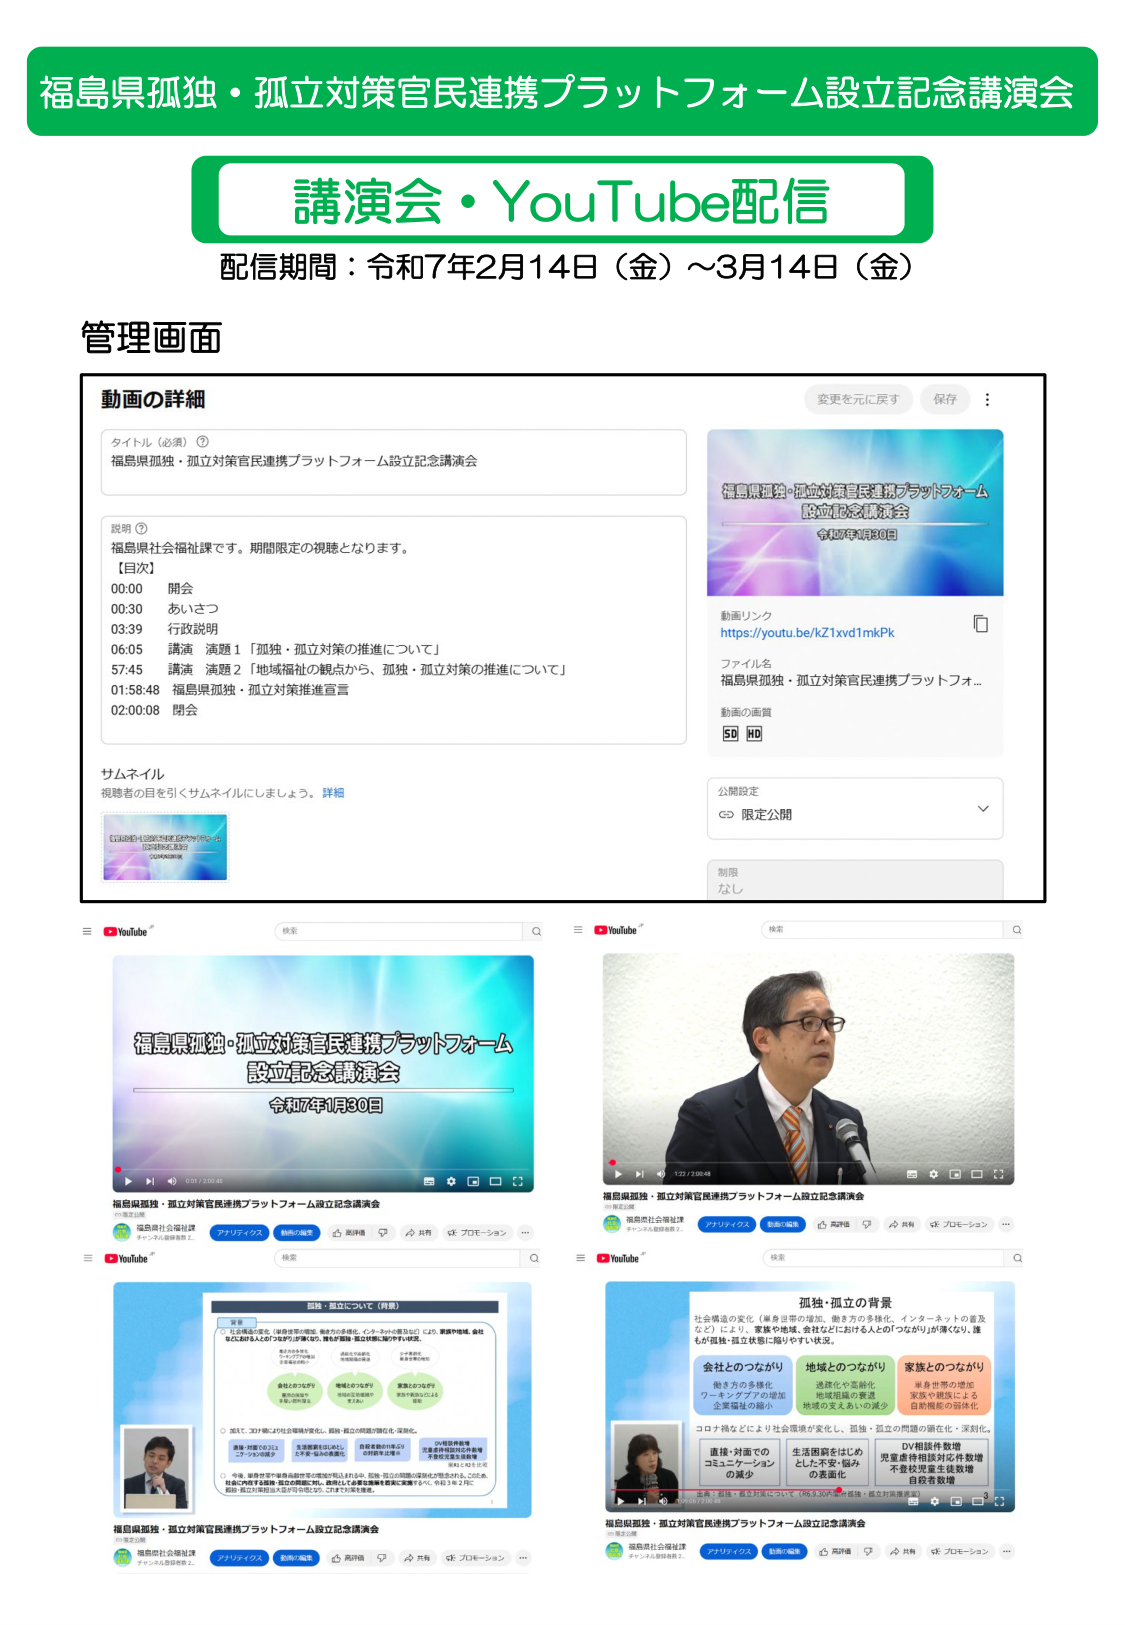
福島県孤独・孤立対策官民連携プラットフォーム設立記念講演会
講演会・YouTube配信
配信期間：令和7年2月14日（金）～3月14日（金）

管理画面

動画の詳細
タイトル（必須）
福島県孤独・孤立対策官民連携プラットフォーム設立記念講演会

説明
福島県社会福祉課です。期間限定の視聴となります。
【目次】
00:00 開会
00:30 あいさつ
03:39 行政説明
06:05 講演 演題1「孤独・孤立対策の推進について」
57:45 講演 演題2「地域福祉の観点から、孤独・孤立対策の推進について」
01:58:48 福島県孤独・孤立対策推進宣言
02:00:08 閉会

変更を元に戻す 保存

動画リンク
https://youtu.be/kZ1xvd1mkPk

ファイル名
福島県孤独・孤立対策官民連携プラットフォーム設立記念講演会

動画の画質
SD HD

公開設定
限定公開

制限
なし

サムネイル
視聴者の目を引くサムネイルにしましょう。 詳細

福島県孤独・孤立対策官民連携プラットフォーム設立記念講演会
令和7年1月30日

福島県孤独・孤立対策官民連携プラットフォーム設立記念講演会
福島県社会福祉課
チャンネル登録者数 2

アナリティクス 動画に編集 共有 プロモーション

福島県孤独・孤立対策官民連携プラットフォーム設立記念講演会
福島県社会福祉課
チャンネル登録者数 2

アナリティクス 動画に編集 共有 プロモーション

福島県孤独・孤立対策官民連携プラットフォーム設立記念講演会
福島県社会福祉課
チャンネル登録者数 2

アナリティクス 動画に編集 共有 プロモーション

福島県孤独・孤立対策官民連携プラットフォーム設立記念講演会
福島県社会福祉課
チャンネル登録者数 2

アナリティクス 動画に編集 共有 プロモーション

孤独・孤立について（背景）
○ 社会構造の変化（単身世帯の増加、働き方の多様化、インターネットの普及など）により、家族や地域、会社などにおける人の「つながり」が薄くなり、誰もが孤独・孤立状態に陥りやすい状況。
○ 加えて、コロナ禍により社会環境が変化し、孤独・孤立の問題が顕在化・深刻化。
○ 今後、国や県が策定する各種施策や制度の周知を図るとともに、民間・孤立の問題の深刻化が懸念される。このため、福島県が取り組む「孤独・孤立対策推進宣言」を発表し、官民連携で取り組んでいく。令和3年2月に福島県・孤立対策推進宣言を発表。

会社とのつながり
働き方の多様化
ワーキングプアの増加
企業福祉の縮小

地域とのつながり
過疎化や高齢化
地域組織の衰退
地域の支えあいの減少

家族とのつながり
単身世帯の増加
家族や親族による
自発機能の弱体化

コロナ禍などにより社会環境が変化し、孤独・孤立の問題が顕在化・深刻化。

直接・対面でのコミュニケーションの減少
生活困窮をはじめとした不安・悩みの表面化
DV相談件数増
児童虐待相談対応件数増
不登校児童生徒数増
自殺者数増

福島県孤独・孤立対策官民連携プラットフォーム設立記念講演会
福島県社会福祉課
チャンネル登録者数 2

アナリティクス 動画に編集 共有 プロモーション